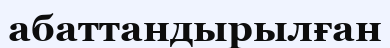
абаттандырылған